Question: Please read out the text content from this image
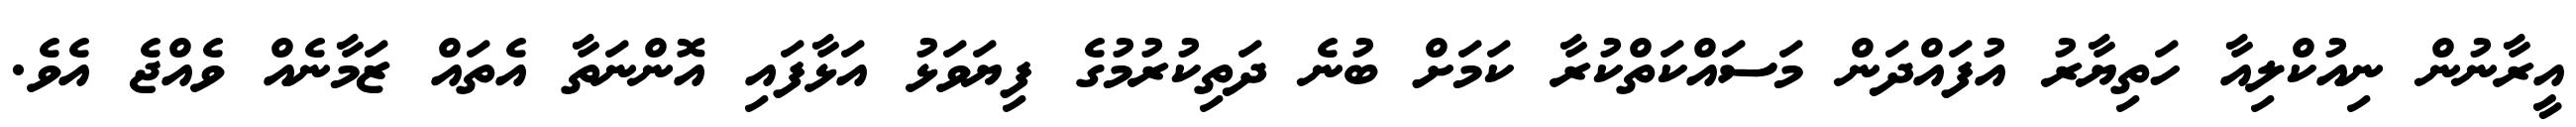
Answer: އީރާނުން ނިއުކްލިއާ ހަތިޔާރު އުފައްދަން މަސައްކަތްކުރާ ކަމަށް ބުނެ ދަތިކުރުމުގެ ފިޔަވަޅު އަޅާފައި އޮންނަތާ އެތައް ޒަމާނެއް ވެއްޖެ އެވެ.